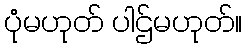
ပုံမဟုတ် ပါဌ်မဟုတ်။